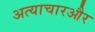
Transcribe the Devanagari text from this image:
अत्याचारऔर